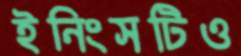
ইনিংসটিও